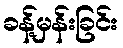
ခန့်မှန်းခြင်း